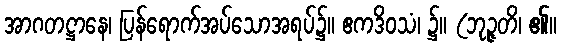
အာဂတဋ္ဌာနေ၊ ပြန်ရောက်အပ်သောအရပ်၌။ ဧကဒိဝသံ၊ ၌။ (ဘုဉ္ဇတိ၊ ၏။